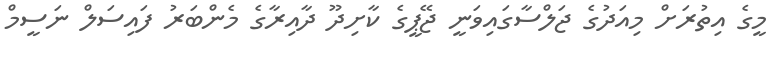
މީގެ އިތުރަށް މިއަދުގެ ޖަލްސާގައިވަނީ ޖޭޕީގެ ކާށިދޫ ދާއިރާގެ މެންބަރު ފައިސަލް ނަސީމް